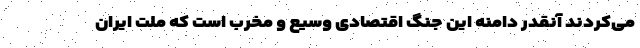
می‌کردند آنقدر دامنه این جنگ اقتصادی وسیع و مخرب است که ملت ایران